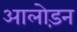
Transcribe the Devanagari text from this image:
आलोड़न